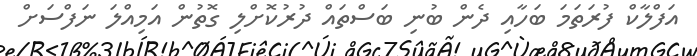
އަފްލާކް ފުރަތަމަ ބަހާއި ދެން ބުނި ބަސްތައް ދުރުކޮށްލި ގޮތުން އަމިއްލަ ނަފްސަށް